Bréfritari: Sigríður Pálsdóttir
Viðtakandi: Páll Pálsson
Dagsetning: A-1869-06-29
Skrifað á: Breiðabólsstað  Rang.
Páll var bróðir Sigríðar

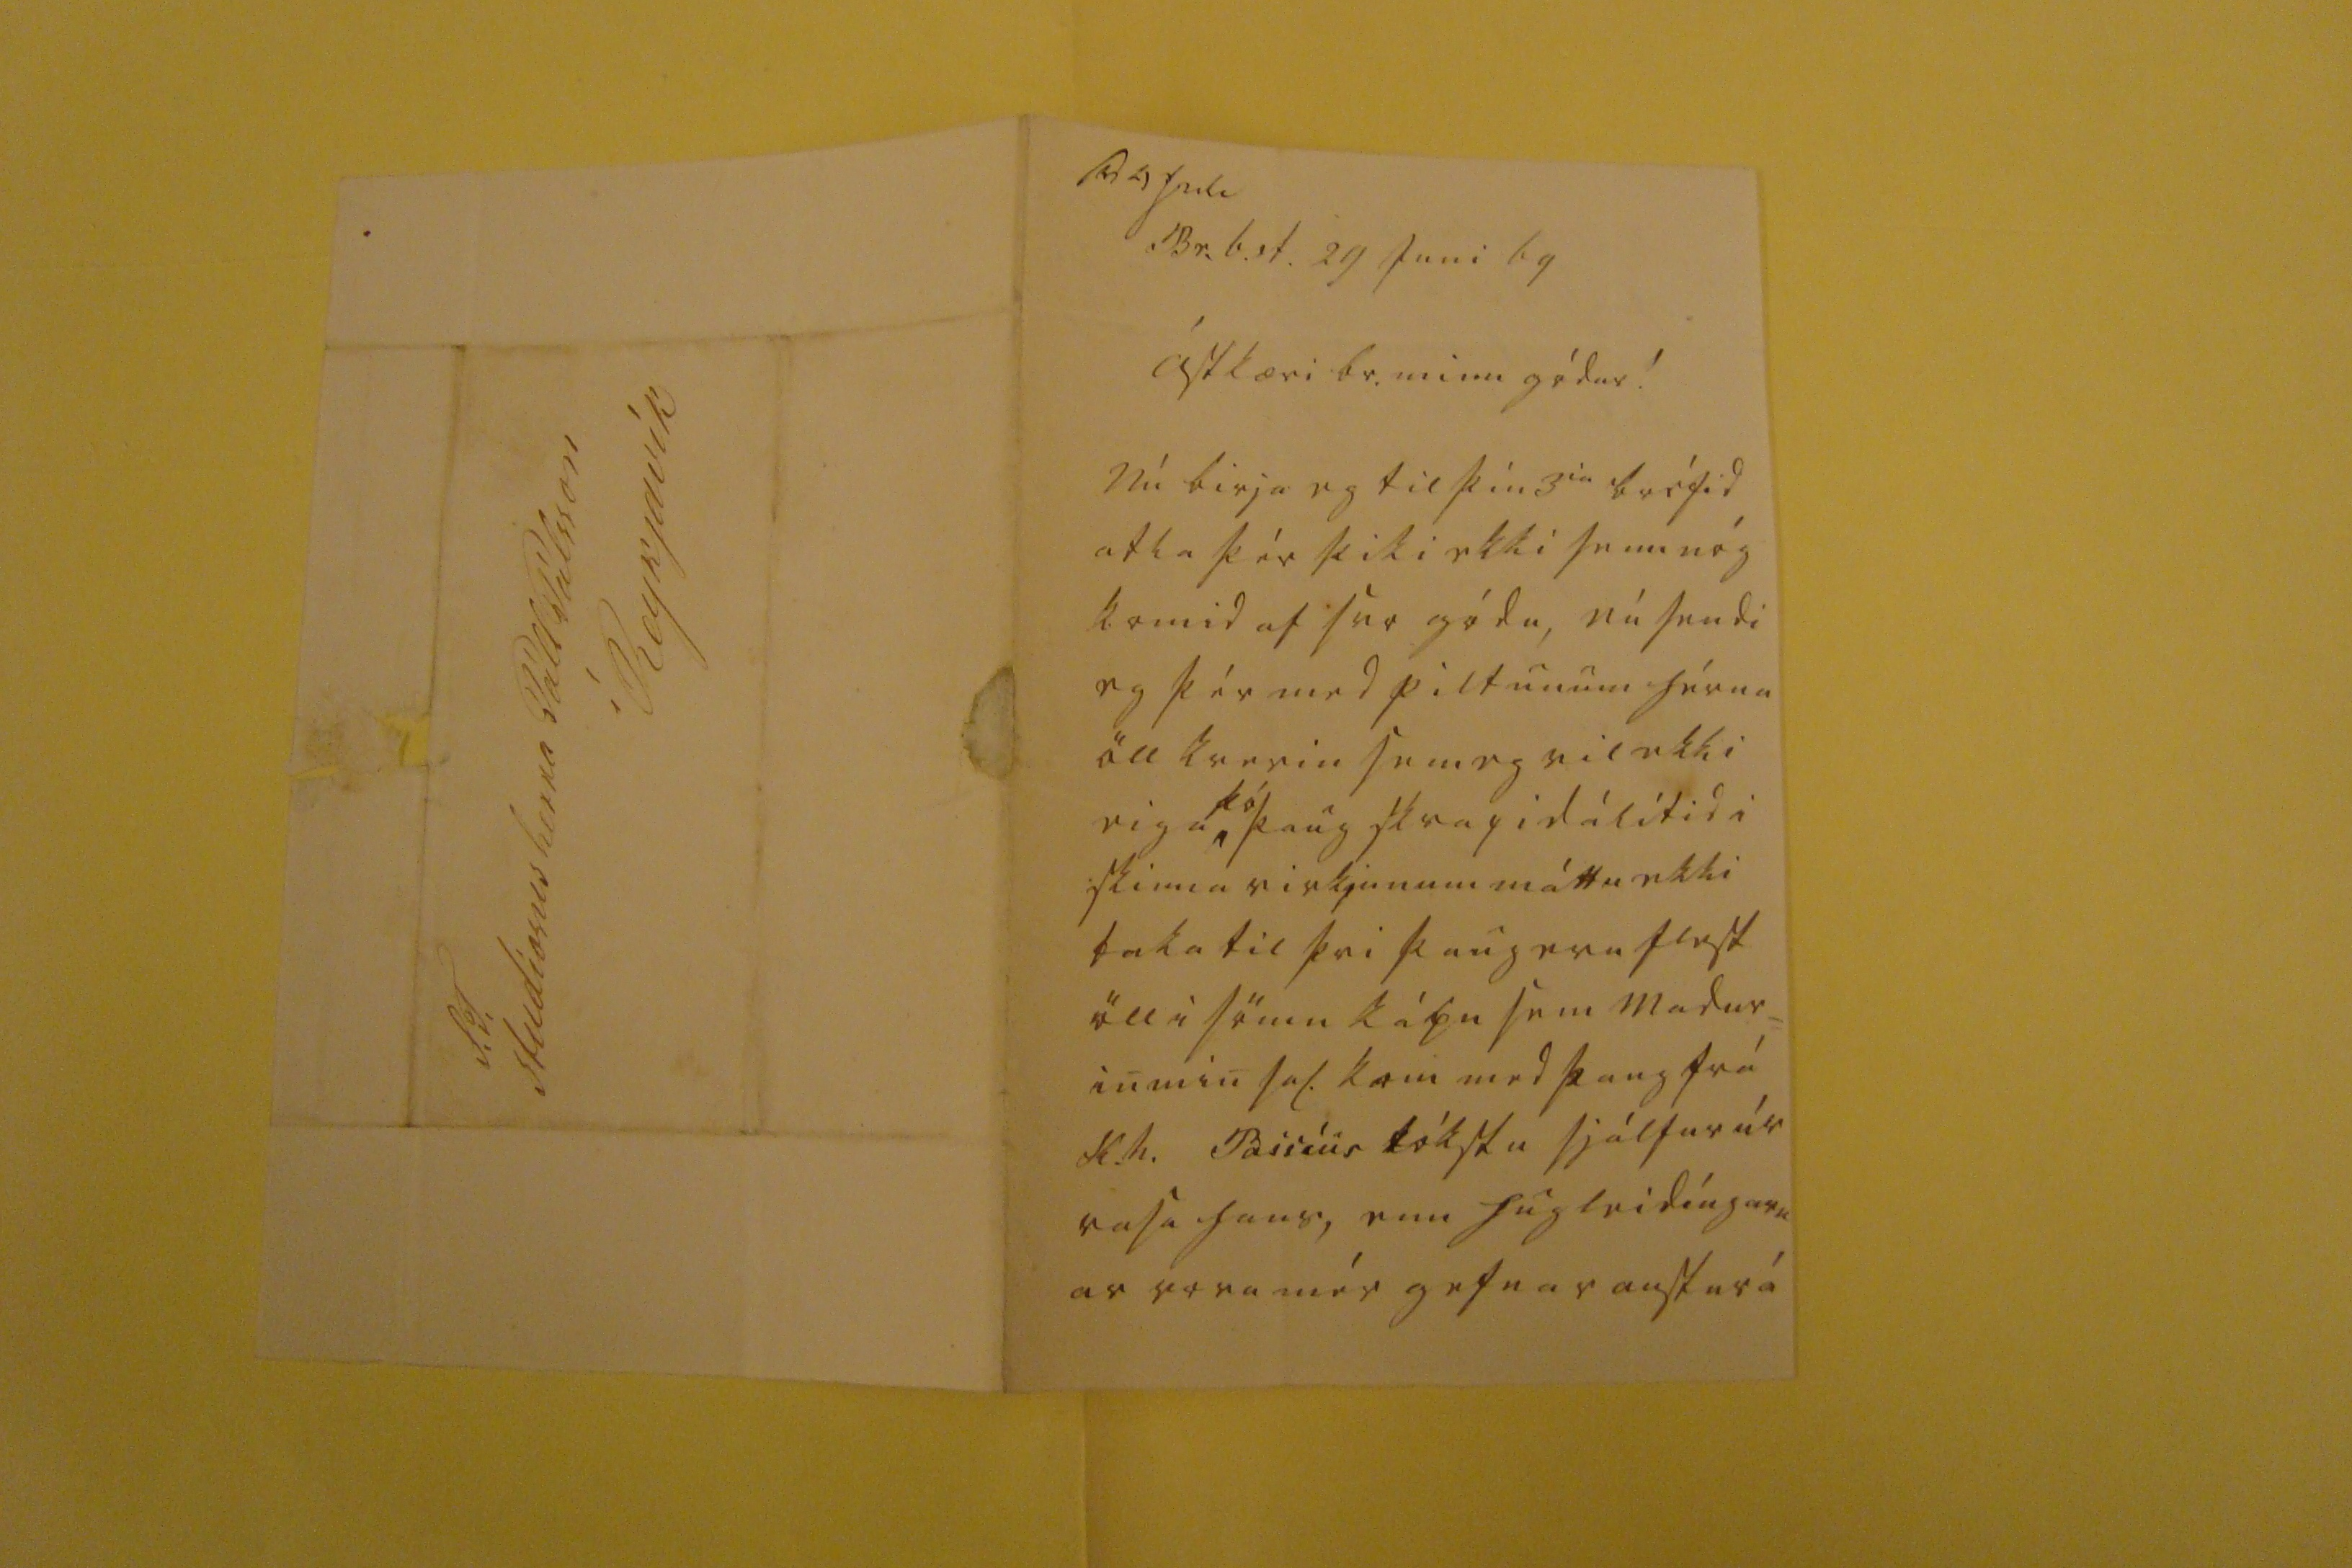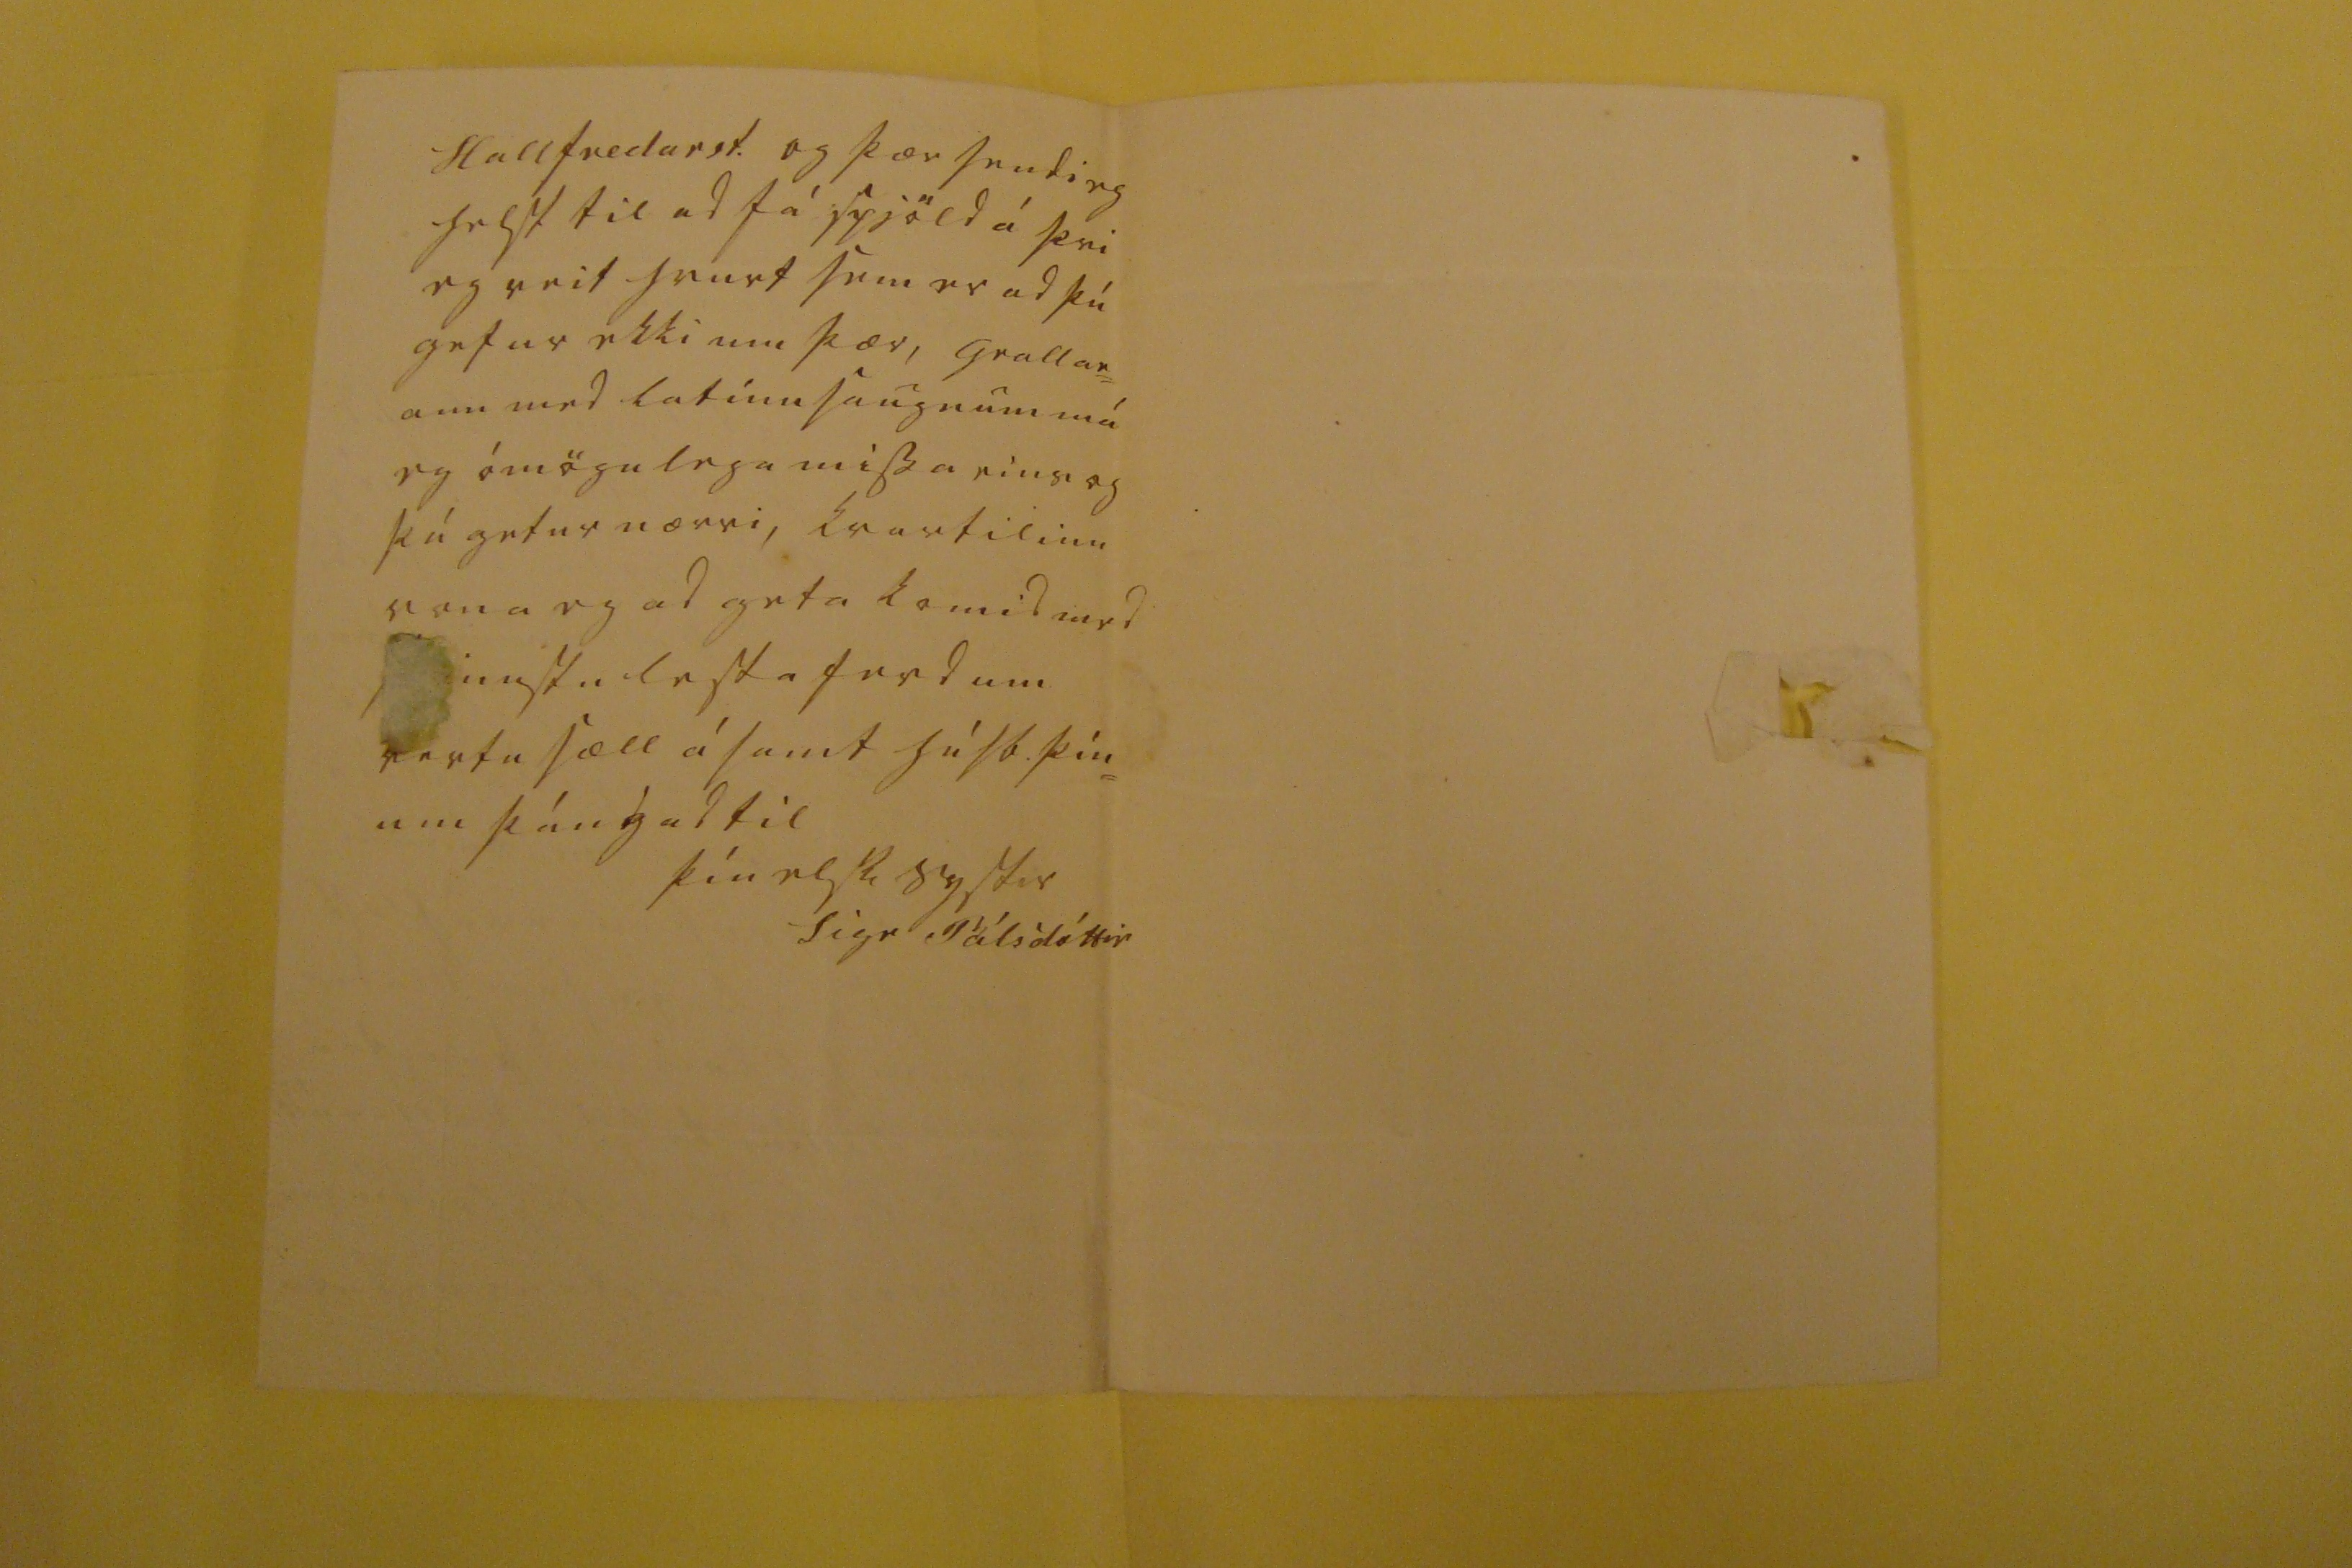

sv 4 Juli
Br.b.st. 29 Juni 69
ástkæri br. minn gódur!
Nú birja eg til þín 3
ia
bréfid atla þér þiki ekki sem nóg komid af svo gódu, nú hendi eg þér med piltunum hérna öll kverin sem eg vil ekki eiga
þó
þaug skrapi dálítid i skinna virkjunum máttu ekki taka til þvi þaug eru flest öll i sömu kápu sem madur= in min sal. kom med þaug frá H.h.
Passíus
tókstu sjálfur úr vasa hans, enn hugleidíngarn ar voru mér gefnar austur á
Hallfredarst. og þær sendi eg helst til ad fá spjöld á þvi eg veit hvurt sem er ad þú gefur ekki um þær, Grallar= ann med latínu saugnum má eg ómögulega missa eins og þú getur nærri, kvartilinu vona eg ad geta komid med
nnstu
lestaferdum vertu sæll ásamt húsb. þín= um þángad til
þín elsk systir
Sigr Pálsdóttir
S.T. studiosus herra Páll Pálsson í Reykjavík